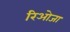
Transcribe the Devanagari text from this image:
रिओजा